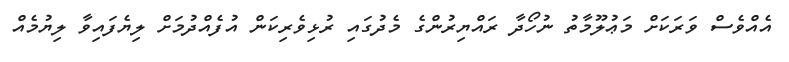
އެއްވެސް ވަރަކަށް މަޢުލޫމާތު ނުހޯދާ ރައްޔިރުންގެ މެދުގައި ރުޅިވެރިކަން އުފެއްދުމަށް ލިޔެފައިވާ ލިޔުމެއް